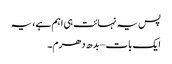
پس یہ نہائت ہی اہم ہے، یہ
ایک بات – بدھ دھرم۔